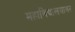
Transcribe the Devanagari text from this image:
महाविद्यालयावर